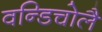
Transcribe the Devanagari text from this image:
वन्डिचोलै